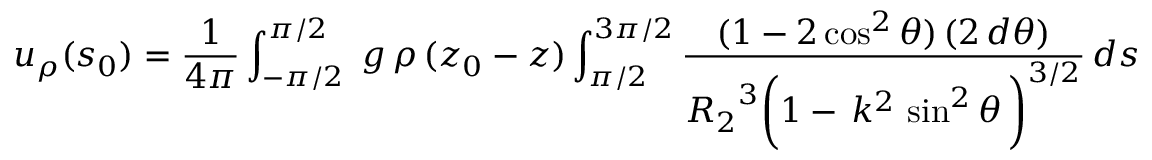
u _ { \rho } ( s _ { 0 } ) = \frac { 1 } { 4 \pi } \int _ { - \pi / 2 } ^ { \pi / 2 } \; g \, \rho \, ( z _ { 0 } - z ) \int _ { \pi / 2 } ^ { 3 \pi / 2 } \frac { ( 1 - 2 \cos ^ { 2 } \theta ) \, ( 2 \, d \theta ) } { { R _ { 2 } } ^ { 3 } \bigg ( 1 - \, k ^ { 2 } \, \sin ^ { 2 } \theta \, \bigg ) ^ { 3 / 2 } } \, d s